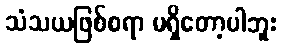
သံသယဖြစ်စရာ မရှိတော့ပါဘူး